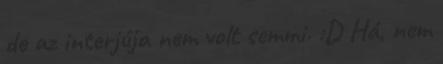
de az interjúja nem volt semmi. :D Há, nem